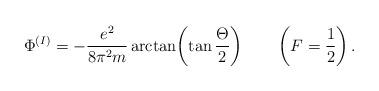
LaTeX: \begin{align*}\Phi^{(I)}=-{e^2\over8\pi^2m}\arctan\biggl(\tan{\Theta\over2}\biggr)\qquad\left(F=\frac{1}{2}\right).\end{align*}